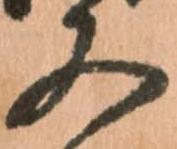
又